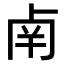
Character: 𠧲